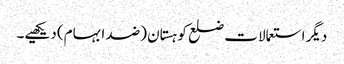
دیگر استعمالات ضلع کوہستان (ضد ابہام) دیکھیے۔